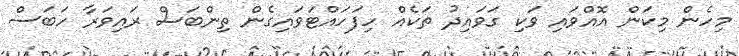
މިހެން މިކަން އޮއްވައި ވަކި ގަވައިދު ތަކެއް ހިފަހައްޓަވައިގެން ތިންބަސް ރައިވަރާ ހަބަސް